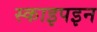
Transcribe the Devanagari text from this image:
स्काइपइन